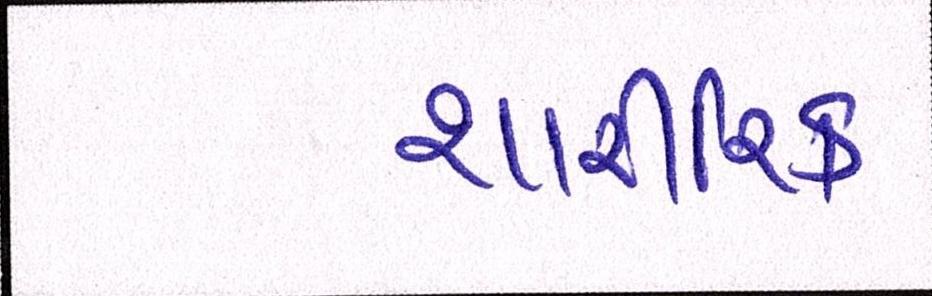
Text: શારીરિક